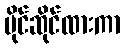
ပိုင်ဆိုင်ထားကာ